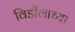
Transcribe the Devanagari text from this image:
विडीलाच्या